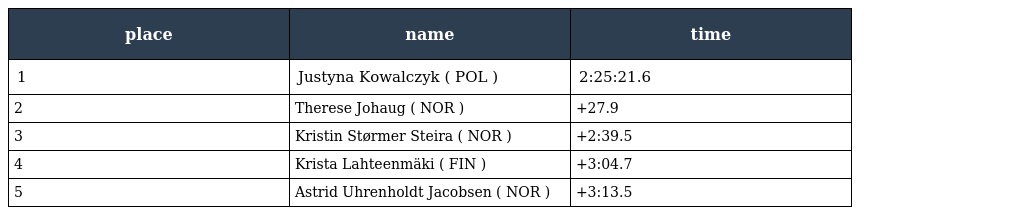
| place | name | time |
 | --- | --- | --- |
 | 1 | Justyna Kowalczyk ( POL ) | 2:25:21.6 |
 | 2 | Therese Johaug ( NOR ) | +27.9 |
 | 3 | Kristin Størmer Steira ( NOR ) | +2:39.5 |
 | 4 | Krista Lahteenmäki ( FIN ) | +3:04.7 |
 | 5 | Astrid Uhrenholdt Jacobsen ( NOR ) | +3:13.5 |